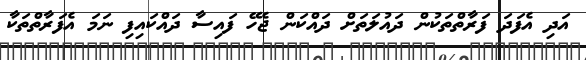
އަދި އެފަދަ ފަރާތްތަކުން ދައުލަތަށް ދައްކަން ޖެހޭ ފައިސާ ދައްކައިފި ނަމަ އެފަރާތްތަކާ